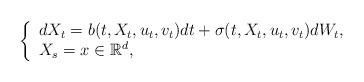
LaTeX: \begin{align*}\left\{\begin{array}{ll} dX_t=b(t,X_t,u_t, v_t)dt+\sigma (t, X_t,u_t, v_t)dW_t, \\ X_s=x \in \mathbb{R}^d, \end{array} \right. \end{align*}